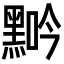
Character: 𪑑